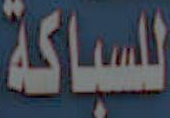
للسباكة